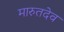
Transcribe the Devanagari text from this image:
मारुतदेव